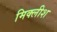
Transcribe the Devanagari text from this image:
मिक्लीश